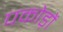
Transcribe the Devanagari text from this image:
पकोड़ों